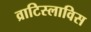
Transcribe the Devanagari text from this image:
व्राटिस्लाविस